Annual report of the Punjab Veterinary College and of the Civil Veterinary Department, Punjab - 1894-1908
Year: 1894
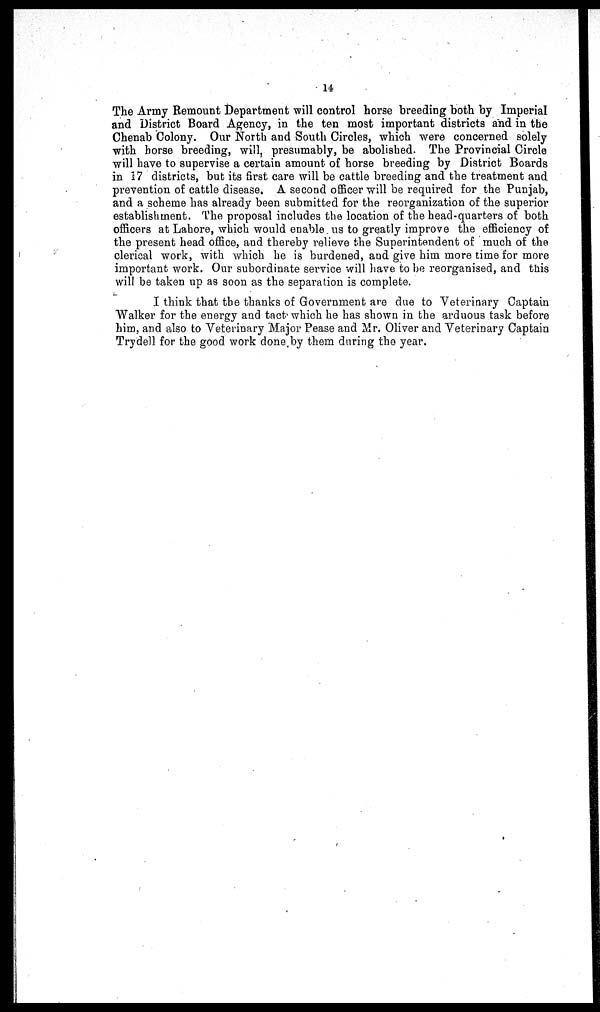
14
The Army Remount Department will control horse breeding both by Imperial
and District Board Agency, in the ten most important districts and in the
Chenab Colony. Our North and South Circles, which were concerned solely
with horse breeding, will, presumably, be abolished. The Provincial Circle
will have to supervise a certain amount of horse breeding by District Boards
in 17 districts, but its first care will be cattle breeding and the treatment and
prevention of cattle disease, A second officer will be required for the Punjab,
and a scheme has already been submitted for the reorganization of the superior
establishment. The proposal includes the location of the head-quarters of both
officers at Lahore, which would enable us to greatly improve the efficiency of
the present head office, and thereby relieve the Superintendent of much of the
clerical work, with which he is burdened, and give him more time for more
important work. Our subordinate service will have to be reorganised, and this
will be taken up as soon as the separation is complete.
I think that the thanks of Government are due to Veterinary Captain
Walker for the energy and tact which he has shown in the arduous task before
him, and also to Veterinary Major Pease and Mr. Oliver and Veterinary Captain
Trydell for the good work done by them during the year.